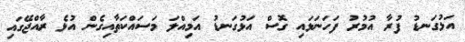
އަޅުގަނޑު ފުރާ އުމުރު ފަހަނަޅައި ގޮސް އަޅުގަނޑު އަމިއްލަ މަސައްކަތާއިގެން އުޅެ ރާއްޖޭގައި